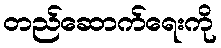
တည်ဆောက်ရေးကို